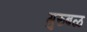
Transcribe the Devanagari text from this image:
गुरुबळ